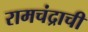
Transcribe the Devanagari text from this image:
रामचंद्राची